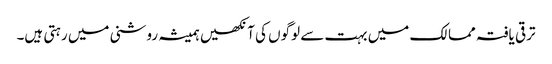
ترقی یافتہ ممالک میں بہت سے لوگوں کی آنکھیں ہمیشہ روشنی میں رہتی ہیں۔